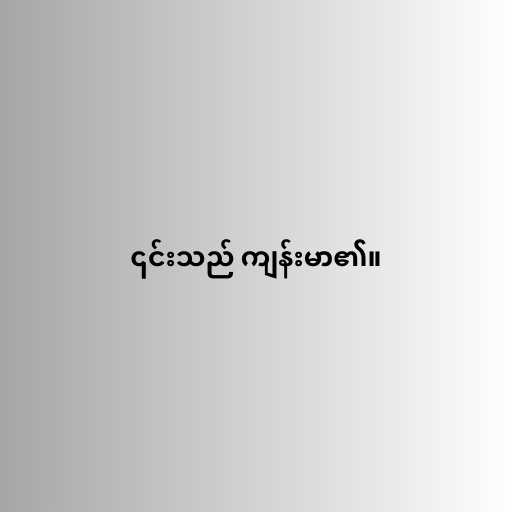
၎င်းသည် ကျန်းမာ၏။